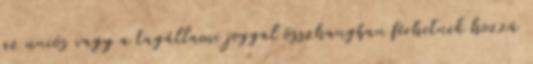
az uniós vagy a tagállami joggal összhangban férhetnek hozzá